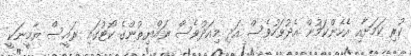
ކުރި ކަމަށާއި އެހެންކަމުން އެދުވަހުވެސް އަދި މިއަދުވެސް ރައްޔިތުންގެ ކޯޓުގައި ރައީސް ޔާމީނަކީ